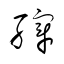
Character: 縡